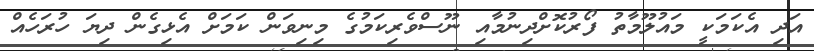
އަދި އެކަމަކީ މައުލޫމާތު ފޯރުކޮށްދިނުމާއި ނޫސްވެރިކަމުގެ މިނިވަން ކަމަށް އެޅިގެން ދިޔަ ހުރަހެއް